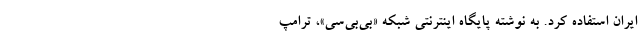
ایران استفاده کرد. به نوشته پایگاه اینترنتی شبکه «بی‌بی‌سی»، ترامپ